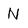
Character: N